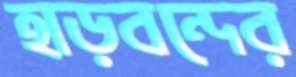
হাড়বন্দের